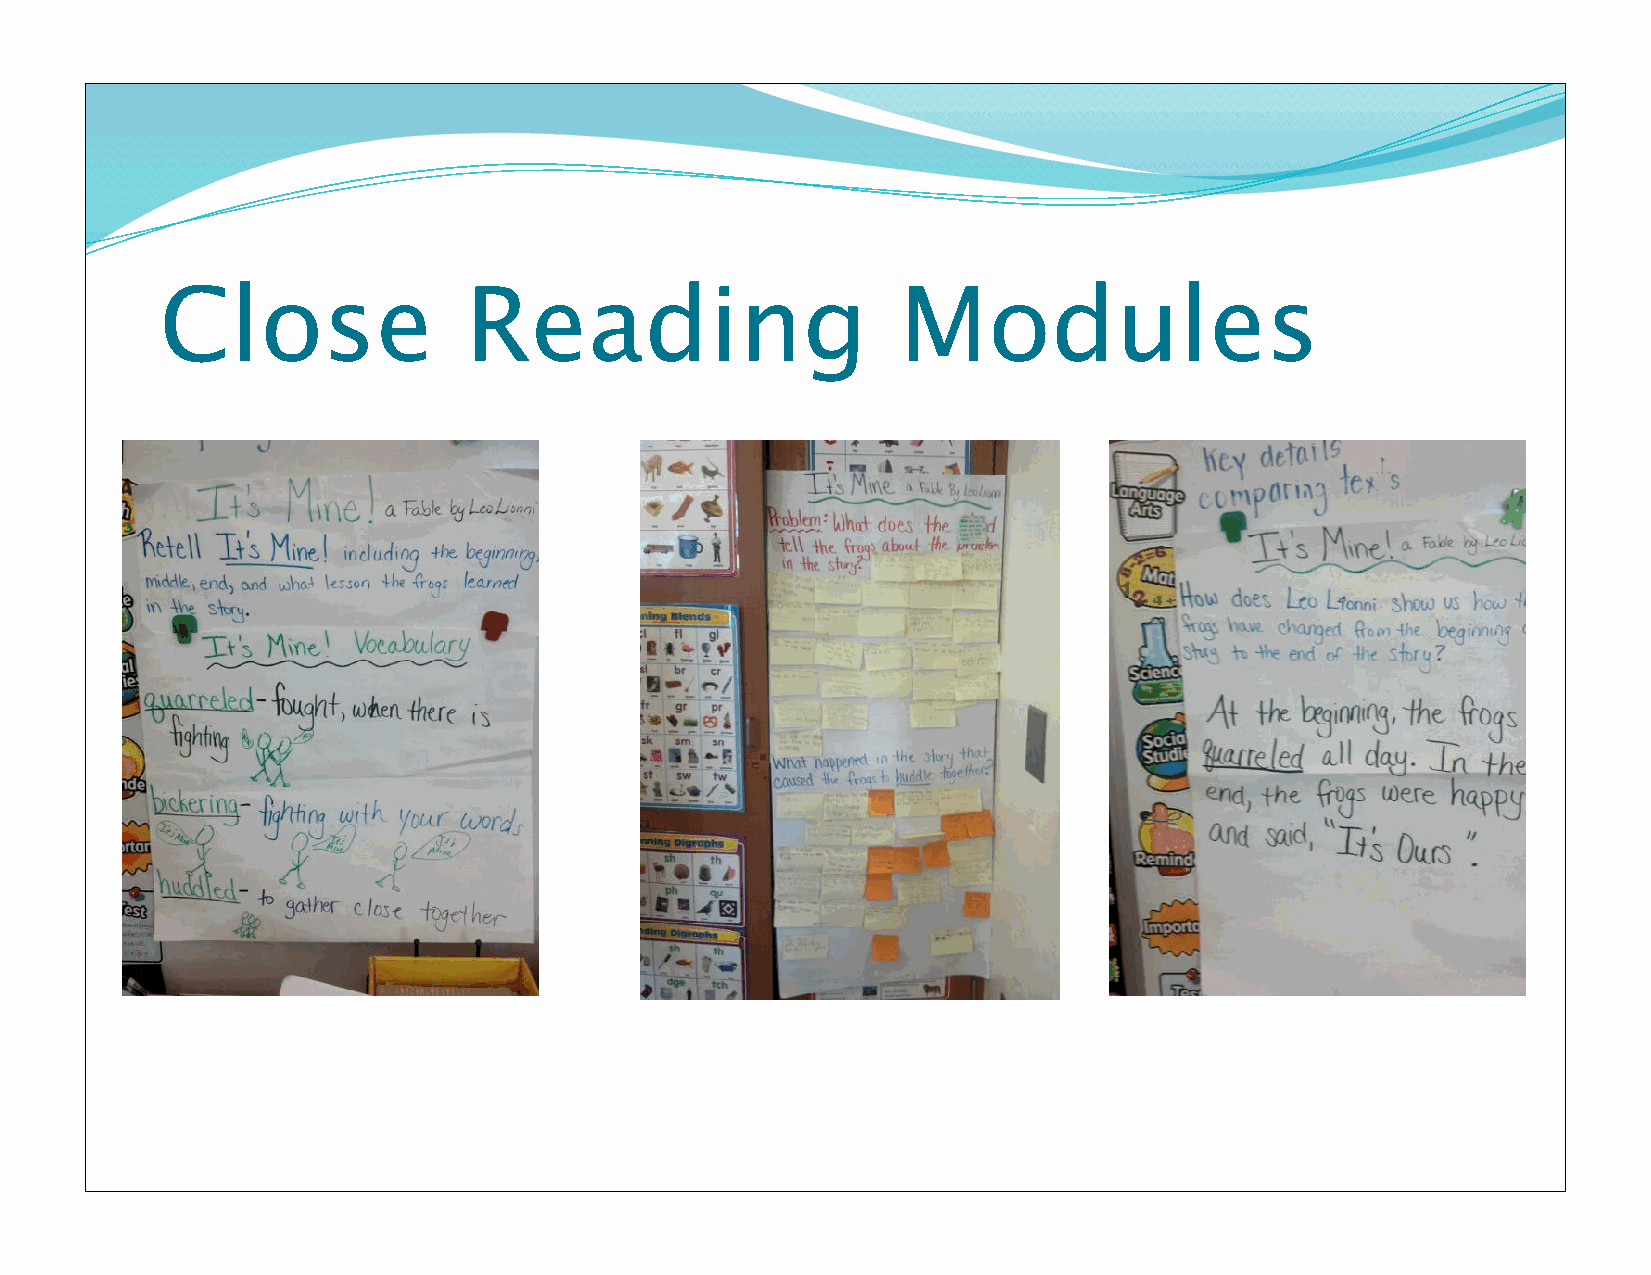
Close               Reading                      Modules